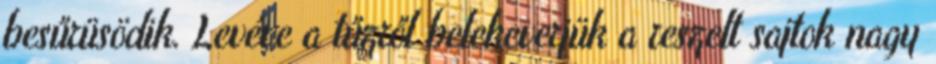
besűrüsödik. Levéve a tűzről belekeverjük a reszelt sajtok nagy